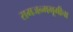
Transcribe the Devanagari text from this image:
रामजन्मभूमीचा